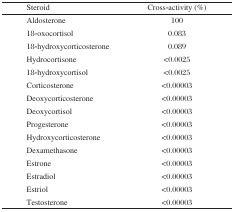
<table><thead><tr><td><b>Steroid</b></td><td><b>Cross-activity (%)</b></td></tr></thead><tbody><tr><td>Aldosterone</td><td>100</td></tr><tr><td>18-oxocortisol</td><td>0.083</td></tr><tr><td>18-hy droxy corticosterone</td><td>0.089</td></tr><tr><td>Hydrocortisone</td><td>&lt;0.0025</td></tr><tr><td>18-hydroxycortisol</td><td>&lt;0.0025</td></tr><tr><td>Corticosterone</td><td>&lt;0.00003</td></tr><tr><td>Deoxycorticosterone</td><td>&lt;0.00003</td></tr><tr><td>Deoxycortisol</td><td>&lt;0.00003</td></tr><tr><td>Progesterone</td><td>&lt;0.00003</td></tr><tr><td>Hydroxycorticosterone</td><td>&lt;0.00003</td></tr><tr><td>Dexamethasone</td><td>&lt;0.00003</td></tr><tr><td>Estrone</td><td>&lt;0.00003</td></tr><tr><td>Estradiol</td><td>&lt;0.00003</td></tr><tr><td>Estriol</td><td>&lt;0.00003</td></tr><tr><td>Testosterone</td><td>&lt;0.00003</td></tr></tbody></table>